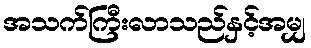
အသက်ကြီးလာသည်နှင့်အမျှ